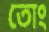
তোং